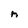
Character: n